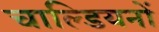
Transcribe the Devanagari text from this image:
चाल्डियनों